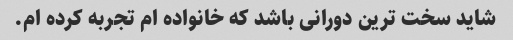
شاید سخت ترین دورانی باشد که خانواده ام تجربه کرده ام.